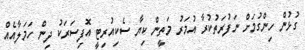
ގުޅުން ހިންގުމަށް ނަފުރަތުކުރާ އުމަރު މަތީން ކިޔާ ސެކިއުރިޓީ އޮފިސަރަކު ދިން ހަމަލާއެއް